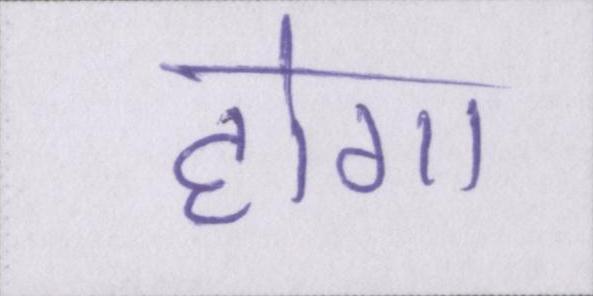
होगा